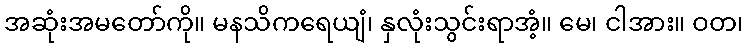
အဆုံးအမတော်ကို။ မနသိကရေယျံ၊ နှလုံးသွင်းရာအံ့။ မေ၊ ငါအား။ ဝတ၊